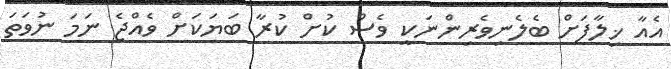
އެއާ ޚިލާފަށް ބެލެނިވެރިންނަކީ ވެސް ކުށް ކުރާ ބަޔަކަށް ވެއްޖެ ނަމަ ނުވަތަ